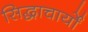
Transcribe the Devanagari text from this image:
सिद्धाचार्यों